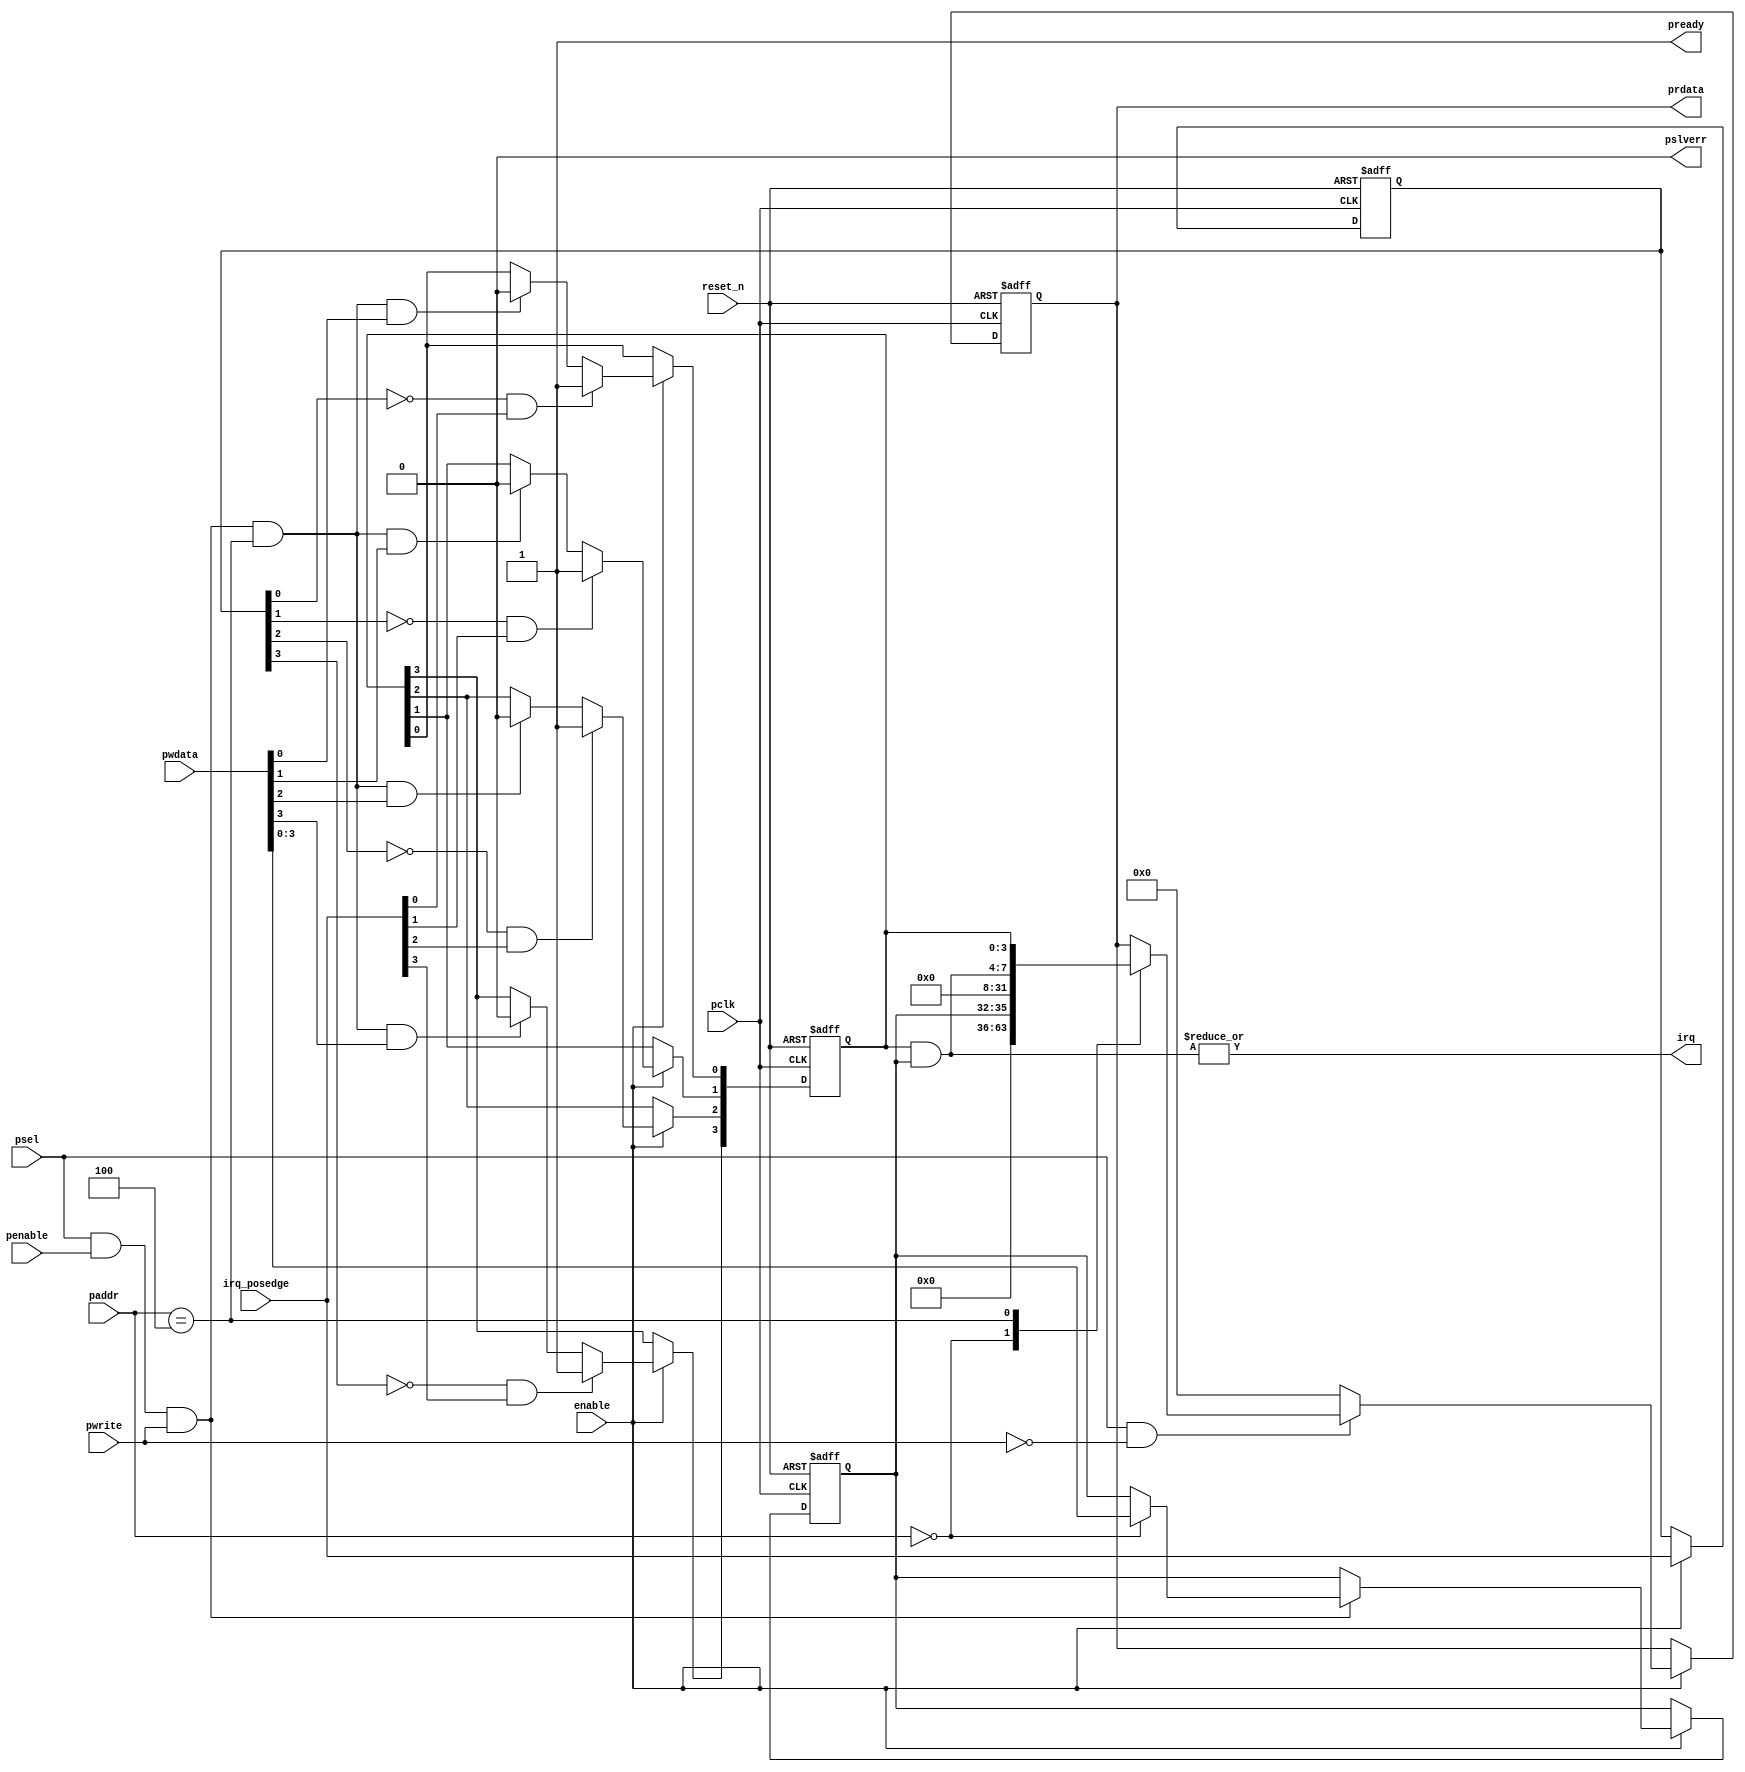
//
// Sample APB interrupt handling code
// Control 4 incoming interrupt requests
// Each request is a level interrupt 
// Adress offset from psel:
//   0x00 : 4 bit IRQ enable 1 bit per source
//   0x04 : Read : 4 interrupt pending (edge seen and enabled)
//                 4 interrupt edge seen status
//          Write: clear active
// clear bits and active bits occupy the same bit positions
// which is easier for the software.
//
//
// Freeware September 2015, Fen Logic Ltd.
// This code is free and is delivered 'as is'.
// It comes without any warranty, to the extent permitted by applicable law.
// There are no restrictions to any use or re-use of this code
// in any form or shape. It would be nice if you keep my company name
// in the source or modified source code but even that is not
// required as I can't check it anyway.
// But the code comes with no warranties or guarantees whatsoever.
//
// Notes:
//    irq_posedge is assumed to arrive synchronously
//

module apb_edgeirq (
   // system
   input             reset_n,
   input             enable,  // clock gating 

   // APB
   input             pclk,            
   input      [ 2:0] paddr,   // ls 2 bits are unused 
   input             pwrite,
   input             psel,
   input             penable,
   input      [31:0] pwdata,
   output reg [31:0] prdata,
   output            pready,
   output            pslverr,
   output            irq,

   // Interface
   input      [ 3:0] irq_posedge
);

reg  [3:0] edge_detect;  // Needed to detect rising edge
reg  [3:0] irq_control;  // enable bit per IRQ input
reg  [3:0] irq_edgeseen; // Set if rising edge was seen 
wire [3:0] irq_pending;  // IRQs currently active (set & enabled)

wire apb_write = psel & penable & pwrite;
wire apb_read  = psel & ~pwrite;

   assign pready  = 1'b1;
   assign pslverr = 1'b0;
   
   assign irq_pending = irq_edgeseen & irq_control;
   assign irq = |irq_pending;
   
   always @(posedge pclk or negedge reset_n)
   begin : rr
      integer b;
      if (!reset_n)
      begin
         edge_detect  <= 4'h0;
         irq_edgeseen <= 4'h0;
         irq_control  <= 4'h0;
         prdata    <= 32'h0;
      end // reset
      else if (enable)
      begin
         
         edge_detect <= irq_posedge;
         
         for (b=0; b<4; b=b+1)
         begin
            // on an arrving rising edge always set detected
            if (~edge_detect[b] & irq_posedge[b])
               irq_edgeseen[b] <= 1'b1;
            else
            begin
               // If user wrises status register, clear when write bit is set 
               if (apb_write && (paddr==3'h4) && pwdata[b])
                  irq_edgeseen[b] <= 1'b0;
            end
         end
         
         if (apb_write)
         begin
            case (paddr)
            3'h0  : irq_control <= pwdata[3:0];
          // 3'h4  : Done above 
           endcase
         end // write
         
         // irq_posedge can be one pulse so is not worth reading back
         // return irq_edgeseen status instead
         if (apb_read)
         begin
            case (paddr)
            3'h0 : prdata <= {28'h0,irq_control};
            3'h4 : prdata <= {24'h0,irq_pending,irq_edgeseen};
            endcase
         end // read
         else
            prdata <= 32'h0; // so we can OR all busses
      end // clocked
   end // always 
   
endmodule